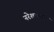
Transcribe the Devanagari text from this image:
नरेशचन्द्र